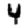
Digit: 4